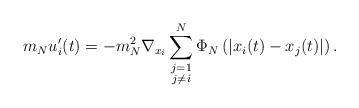
LaTeX: \begin{align*} &\ \ {m_N} u_i'(t) = -m_N^2 \nabla_{x_i} \sum_{\substack{j =1\\j\neq i}}^{N} \Phi_N\left(|x_i(t) - x_j(t)|\right).\end{align*}